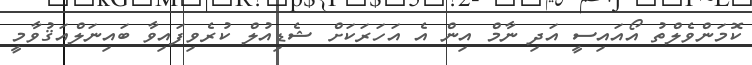
ކޮމަންވެލްތު އޯއައިސީ އަދި ނާމް އިން އެ އަހަރަކަށް ޝެޑިއުލް ކުރެވިފައިވާ ބައިނަލްއަޤުވާމީ